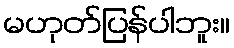
မဟုတ်ပြန်ပါဘူး။